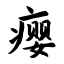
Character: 瘿